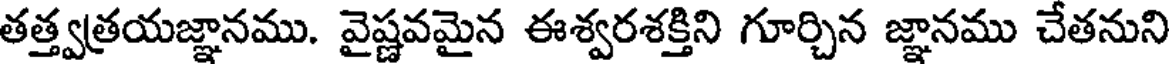
తత్త్వత్రయజ్ఞానము. వైష్ణవమైన ఈశ్వరశక్తిని గూర్చిన జ్ఞానము చేతనుని